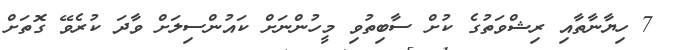
7 ހިޔާނާތާއި ރިޝްވަތުގެ ކުށް ސާބިތުވި މީހުންނަށް ކައުންސިލަށް ވާދަ ކުރެވޭ ގޮތަށް